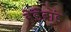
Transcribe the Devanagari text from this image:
हेडेब्रांड